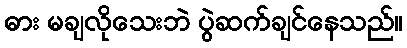
ဓား မချလိုသေးဘဲ ပွဲဆက်ချင်နေသည်။